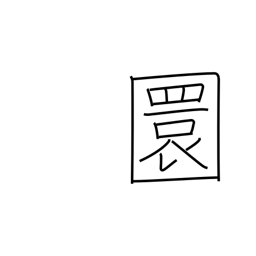
Meaning: round